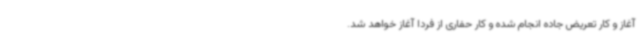
آغاز و کار تعریض جاده انجام شده و کار حفاری از فردا آغاز خواهد شد.